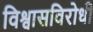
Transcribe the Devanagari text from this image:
विश्वासविरोधी